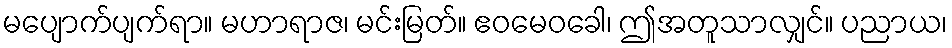
မပျောက်ပျက်ရာ။ မဟာရာဇ၊ မင်းမြတ်။ ဧဝမေဝခေါ၊ ဤအတူသာလျှင်။ ပညာယ၊